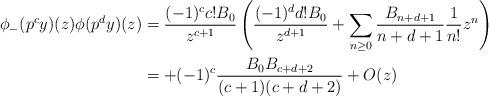
LaTeX: \begin{align*} \phi_{-}(p^cy)(z)\phi(p^dy)(z) & = \frac{(-1)^{c}c!B_0}{z^{c+1}} \left( \frac{(-1)^{d}d! B_0}{z^{d+1}} + \sum_{n\geq 0}\frac{B_{n+d+1}}{n+d+1}\frac{1}{n!}z^n \right)\\ &= +(-1)^c\frac{ B_0B_{c+d+2}}{(c+1)(c+d+2)}+ O(z) \end{align*}